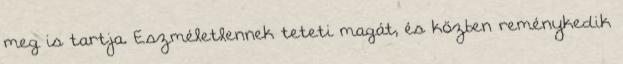
meg is tartja. Eszméletlennek teteti magát, és közben reménykedik